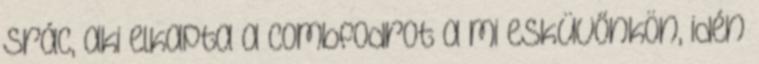
srác, aki elkapta a combfodrot a mi esküvőnkön, idén